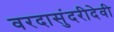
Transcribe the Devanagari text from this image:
वरदासुंदरीदेवी